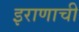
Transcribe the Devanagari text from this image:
इराणाची